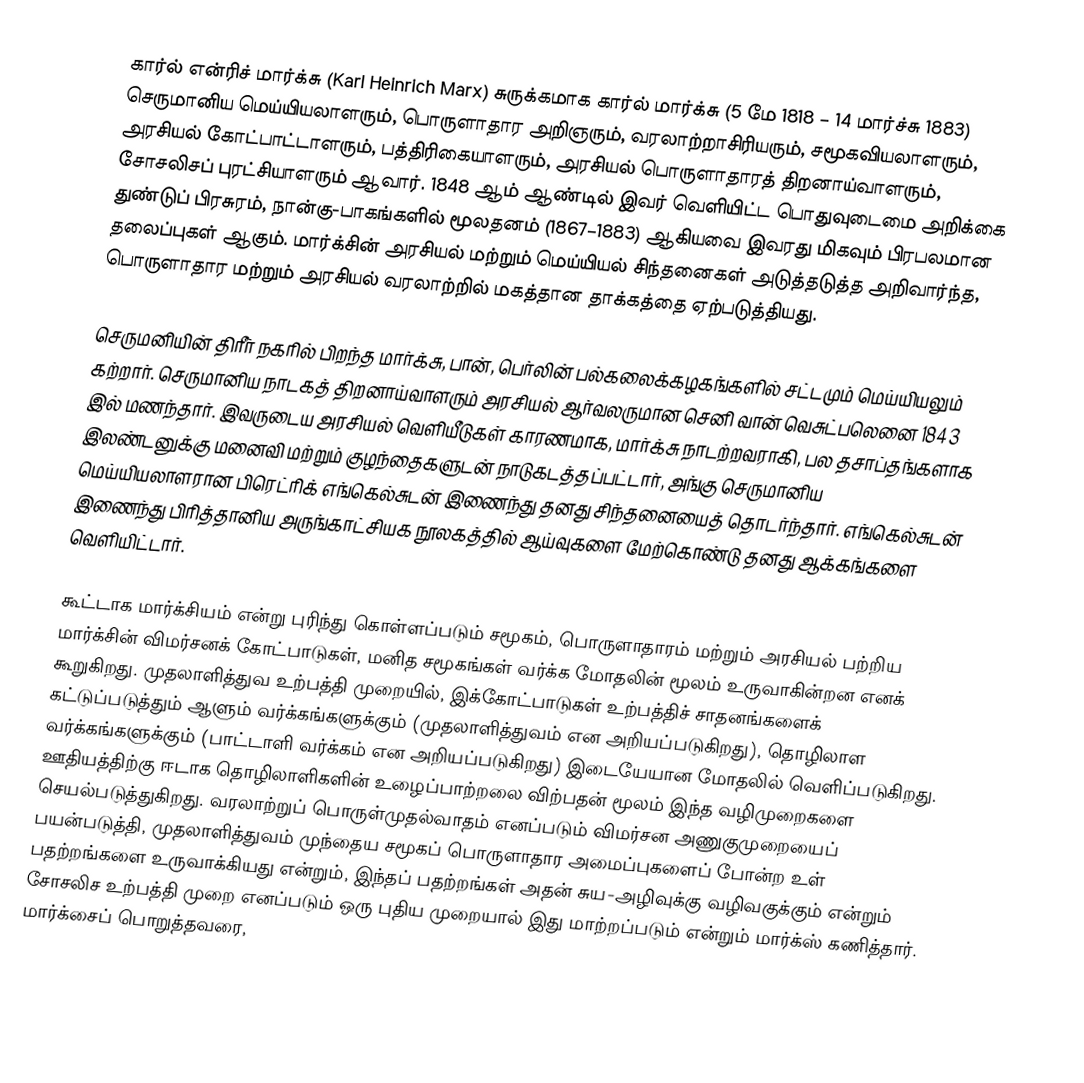
கார்ல் என்ரிச் மார்க்சு (Karl Heinrich Marx) சுருக்கமாக கார்ல் மார்க்சு (5 மே 1818 – 14 மார்ச்சு 1883) செருமானிய மெய்யியலாளரும், பொருளாதார அறிஞரும், வரலாற்றாசிரியரும், சமூகவியலாளரும், அரசியல் கோட்பாட்டாளரும், பத்திரிகையாளரும், அரசியல் பொருளாதாரத் திறனாய்வாளரும், சோசலிசப் புரட்சியாளரும் ஆவார். 1848 ஆம் ஆண்டில் இவர் வெளியிட்ட பொதுவுடைமை அறிக்கை துண்டுப் பிரசுரம், நான்கு-பாகங்களில் மூலதனம் (1867–1883) ஆகியவை இவரது மிகவும் பிரபலமான தலைப்புகள் ஆகும். மார்க்சின் அரசியல் மற்றும் மெய்யியல் சிந்தனைகள் அடுத்தடுத்த அறிவார்ந்த, பொருளாதார மற்றும் அரசியல் வரலாற்றில் மகத்தான தாக்கத்தை ஏற்படுத்தியது.

செருமனியின் திரீர் நகரில் பிறந்த மார்க்சு, பான், பெர்லின் பல்கலைக்கழகங்களில் சட்டமும் மெய்யியலும் கற்றார். செருமானிய நாடகத் திறனாய்வாளரும் அரசியல் ஆர்வலருமான செனி வான் வெசுட்பலெனை 1843 இல் மணந்தார். இவருடைய அரசியல் வெளியீடுகள் காரணமாக, மார்க்சு நாடற்றவராகி, பல தசாப்தங்களாக இலண்டனுக்கு மனைவி மற்றும் குழந்தைகளுடன் நாடுகடத்தப்பட்டார், அங்கு செருமானிய மெய்யியலாளரான பிரெட்ரிக் எங்கெல்சுடன் இணைந்து தனது சிந்தனையைத் தொடர்ந்தார். எங்கெல்சுடன் இணைந்து பிரித்தானிய அருங்காட்சியக நூலகத்தில் ஆய்வுகளை மேற்கொண்டு தனது ஆக்கங்களை வெளியிட்டார்.

கூட்டாக மார்க்சியம் என்று புரிந்து கொள்ளப்படும் சமூகம், பொருளாதாரம் மற்றும் அரசியல் பற்றிய மார்க்சின் விமர்சனக் கோட்பாடுகள், மனித சமூகங்கள் வர்க்க மோதலின் மூலம் உருவாகின்றன எனக் கூறுகிறது. முதலாளித்துவ உற்பத்தி முறையில், இக்கோட்பாடுகள் உற்பத்திச் சாதனங்களைக் கட்டுப்படுத்தும் ஆளும் வர்க்கங்களுக்கும் (முதலாளித்துவம் என அறியப்படுகிறது), தொழிலாள வர்க்கங்களுக்கும் (பாட்டாளி வர்க்கம் என அறியப்படுகிறது) இடையேயான மோதலில் வெளிப்படுகிறது. ஊதியத்திற்கு ஈடாக தொழிலாளிகளின் உழைப்பாற்றலை விற்பதன் மூலம் இந்த வழிமுறைகளை செயல்படுத்துகிறது. வரலாற்றுப் பொருள்முதல்வாதம் எனப்படும் விமர்சன அணுகுமுறையைப் பயன்படுத்தி, முதலாளித்துவம் முந்தைய சமூகப் பொருளாதார அமைப்புகளைப் போன்ற உள் பதற்றங்களை உருவாக்கியது என்றும், இந்தப் பதற்றங்கள் அதன் சுய-அழிவுக்கு வழிவகுக்கும் என்றும் சோசலிச உற்பத்தி முறை எனப்படும் ஒரு புதிய முறையால் இது மாற்றப்படும் என்றும் மார்க்ஸ் கணித்தார். மார்க்சைப் பொறுத்தவரை,